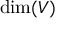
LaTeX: \dim ( V )